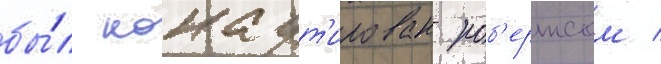
бы́л нокаут'ирован роб'ертсом /